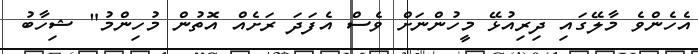
އެހެންވެ މާލޭގައި ދިރިއުޅޭ މީހުންނަށް ވެސް އެފަދަ ރަށެއް އޮތުން މުހިންމު" ޝިހާބު